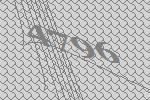
4796